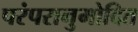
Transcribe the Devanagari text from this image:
परंपरानुमोदित